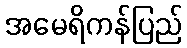
အမေရိကန်ပြည်